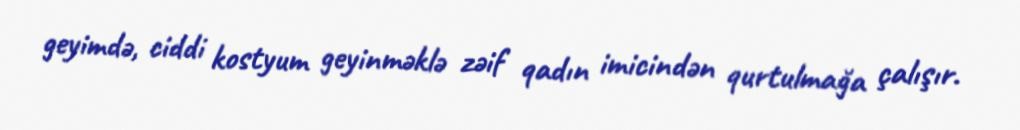
geyimdə, ciddi kostyum geyinməklə zəif qadın imicindən qurtulmağa çalışır.